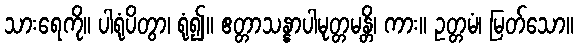
သားရေကို။ ပါရုံပိတွာ၊ ရုံ၍။ ဧတ္တာသန္နာပါမုတ္တမန္တိ၊ ကား။ ဥတ္တမံ၊ မြတ်သော။